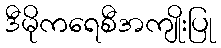
ဒီမိုကရေစီအကျိုးပြု